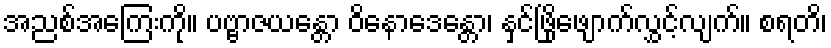
အညစ်အကြေးကို။ ပဗ္ဗာဇယန္တော ဝိနောဒေန္တော၊ နှင်ဖြိုဖျောက်လွှင့်လျက်။ စရတိ၊